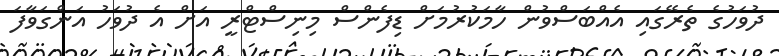
ދުވަހުގެ ތެރޭގައި އެއްބަސްވުން ހާމަކުރުމަށް ޑިފެންސް މިނިސްޓްރީ އަށް އެ ދުވަހު އަންގަވާފަ